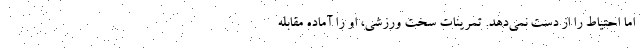
اما احتیاط را از دست نمی‌دهد. تمرینات سخت ورزشی، او را آماده مقابله